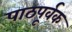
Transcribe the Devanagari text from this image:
पाठपूर्वक